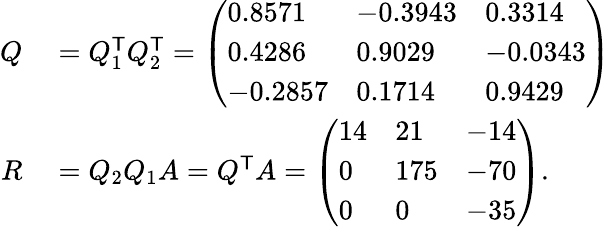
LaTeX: \begin{array}{rl}{Q}&{{}=Q_{1}^{\textsf{T}}Q_{2}^{\textsf{T}}={\left(\begin{array}{lll}{0.8571}&{-0.3943}&{0.3314}\\ {0.4286}&{0.9029}&{-0.0343}\\ {-0.2857}&{0.1714}&{0.9429}\end{array}\right)}}\\ {R}&{{}=Q_{2}Q_{1}A=Q^{\textsf{T}}A={\left(\begin{array}{lll}{14}&{21}&{-14}\\ {0}&{175}&{-70}\\ {0}&{0}&{-35}\end{array}\right)}.}\end{array}